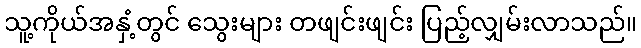
သူ့ကိုယ်အနှံ့တွင် သွေးများ တဖျင်းဖျင်း ပြည့်လျှမ်းလာသည်။